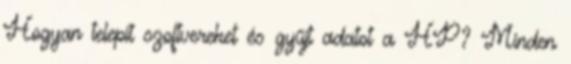
Hogyan telepít szoftvereket és gyűjt adatot a HP? Minden